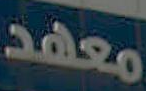
معهد